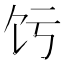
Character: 𬲧